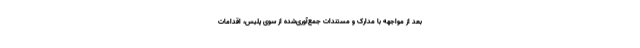
بعد از مواجهه با مدارک و مستندات جمع‌آوری‌شده از سوی پلیس، اقدامات